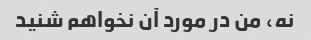
نه، من در مورد آن نخواهم شنید